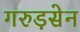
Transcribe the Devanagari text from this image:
गरुड़सेन